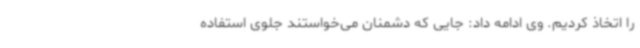
را اتخاذ کردیم. وی ادامه داد: جایی که دشمنان می‌خواستند جلوی استفاده